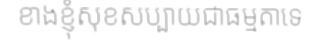
ខាងខ្ញុំសុខសប្បាយជាធម្មតាទេ